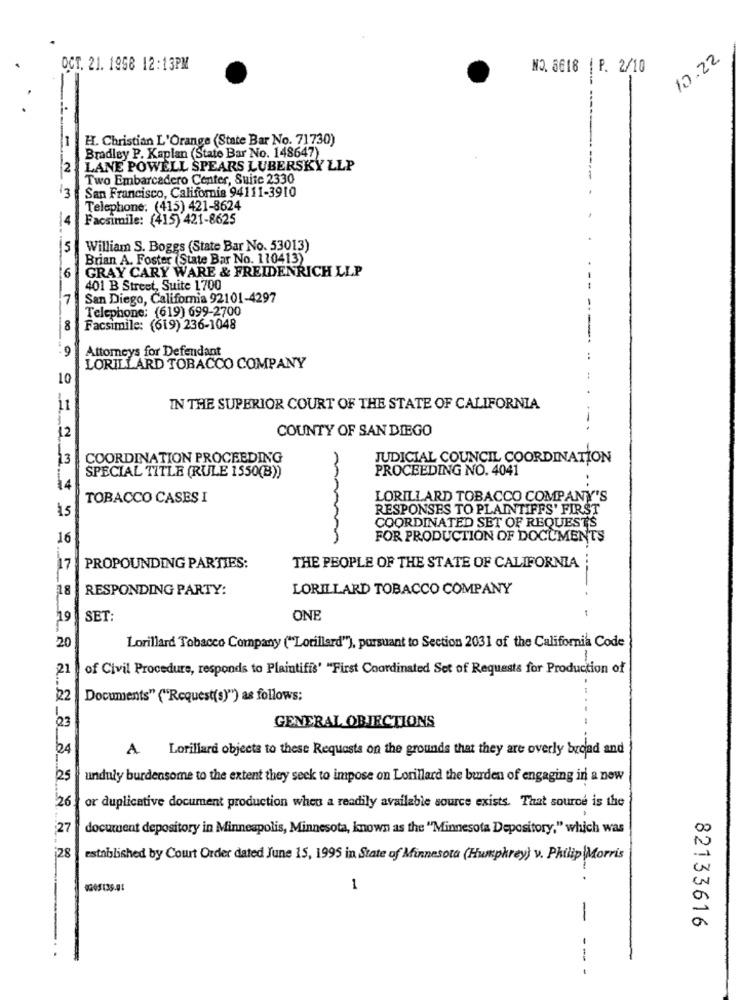
10.22
OCT. 21. 1958 12:13PM
NO. 6618 | P. 2/10
H. Christian L'Orange (State Bar No. 71730)
Bradley P. Kaplan (State Bar No. 148647)
2
LANE POWELL SPEARS LUBERSKY LLP
Two Embarcadero Center, Suite 2330
San Francisco, California 94111-3910
13
Telephone: (415) 421-8624
Facsimile: (415) 421-8625
5
William S. Boggs (State Bar No. 53013)
Brian A. Foster (State Bar No. 110413)
6
GRAY CARY WARE & FREIDENRICH LLP
401 B Street, Suite 1700
7
San Diego, California 92101-4297
Telephone: (619) 699-2700
8
Facsimile: (619) 236-1048
.9
Attorneys for Defendant
LORILLARD TOBACCO COMPANY
10
11
IN THE SUPERIOR COURT OF THE STATE OF CALIFORNIA
COUNTY OF SAN DIEGO
12
13
COORDINATION PROCEEDING
JUDICIAL COUNCIL COORDINATION
SPECIAL TITLE (RULE 1550(B))
PROCEEDING NO. 4041
TOBACCO CASES I
LORILLARD TOBACCO COMPANY'S
15
RESPONSES TO PLAINTIFFS' FIRST
COORDINATED SET OF REQUESTS
16
FOR PRODUCTION OF DOCUMENTS
17
PROPOUNDING PARTIES:
THE PEOPLE OF THE STATE OF CALIFORNIA
18
RESPONDING PARTY:
LORILLARD TOBACCO COMPANY
19
SET:
ONE
20
Lorillard Tobacco Company ("Lotillard"), porsuant to Section 2031 of the California Code
-
21
of Civil Procedure, responds to Plaintifis' "First Coordinated Set of Requests for Production of
22
Documents" ("Request(s)") as follows:
03
GENERAL OBJECTIONS
24
A. Lorillard objects to these Requests on the grounds that they are overly broad and
25
unduly burdensome to the extent they seek to impose on Lorillard the burden of engaging in a now
26.
or duplicative document production when a readily available source exists. That source is the
27
document depository in Minneapolis, Minnesota, known as the "Minnesota Depository," which was
28
established by Court Order dated June 15, 1995 in State of Minnesota (Humphrey) v. Philip Morris
1
-
a
82133616
-